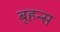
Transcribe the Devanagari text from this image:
बृहन्स